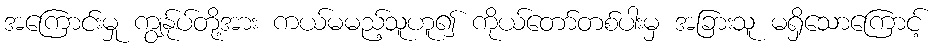
အကြောင်းမှု ကျွန်ုပ်တို့အား ကယ်မမည့်သူဟူ၍ ကိုယ်တော်တစ်ပါးမှ အခြားသူ မရှိသောကြောင့်